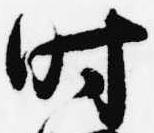
時